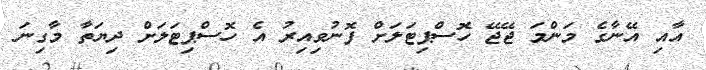
އާއި އޭނާގެ މަންމަ ޖޭޖޭ ހޮސްޕިޓަލަށް ފޮނުވިއިރު އެ ހޮސްޕިޓަަލަށް ދިޔަތާ މާގިނަ